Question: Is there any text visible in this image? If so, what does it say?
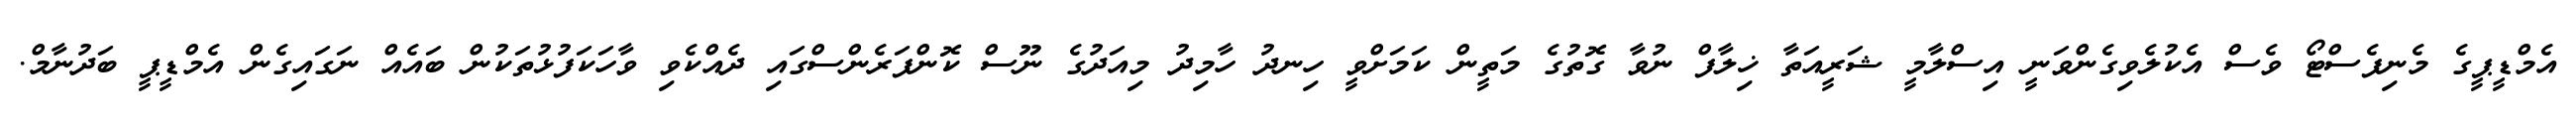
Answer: އެމްޑީޕީގެ މެނިފެސްޓޯ ވެސް އެކުލެވިގެންވަނީ އިސްލާމީ ޝަރީއަތާ ޚިލާފް ނުވާ ގޮތުގެ މަތީން ކަމަށްވީ ހިނދު ހާމިދު މިއަދުގެ ނޫސް ކޮންފަރެންސްގައި ދެއްކެވި ވާހަކަފުޅުތަކުން ބައެއް ނަގައިގެން އެމްޑީޕީ ބަދުނާމް.